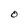
Character: O